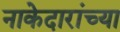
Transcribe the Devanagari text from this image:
नाकेदारांच्या